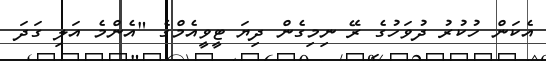
އެކަން ހުކުރު ދުވަހުގެ ރޭ ނިމިގެން ދިޔަ ޓީވީއެމްގެ "އެންމެ އަލި ގަދަ